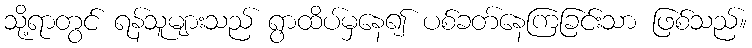
သို့ရာတွင် ရန်သူများသည် ရွာထိပ်မှနေ၍ ပစ်ခတ်နေကြခြင်းသာ ဖြစ်သည်။